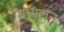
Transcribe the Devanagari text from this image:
मायलन